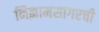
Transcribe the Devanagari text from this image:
निझामसागरची